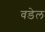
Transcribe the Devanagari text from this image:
वडेल